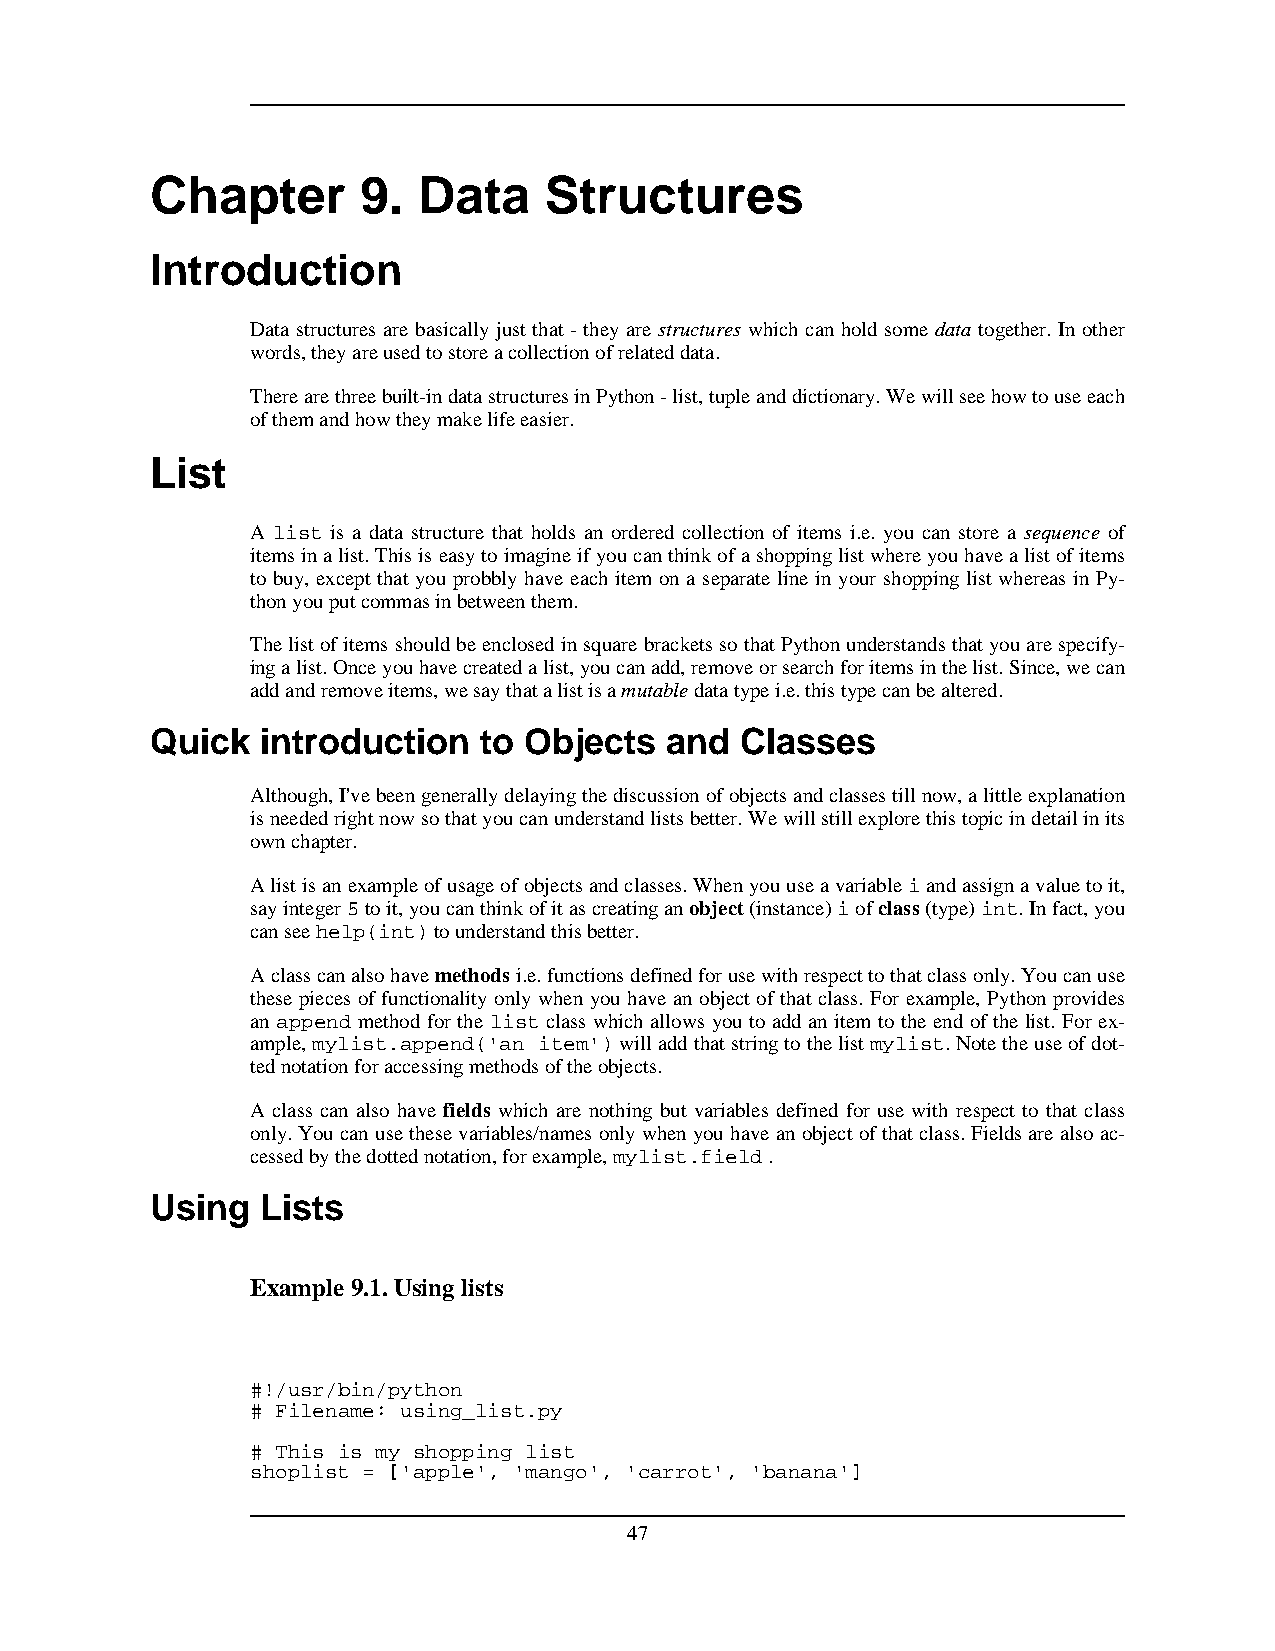
Chapter       9.  Data    Structures
 Introduction
 Data structures are basically just that - they are structures which can hold some data together. In other
 words,theyareusedtostoreacollectionofrelateddata.
 Therearethreebuilt-indatastructuresinPython-list,tupleanddictionary.Wewillseehowtouseeach
 ofthemandhowtheymakelifeeasier.
 List
 A list is a data structure that holds an ordered collection of items i.e. you can store a sequence of
 itemsinalist.Thisiseasytoimagineifyoucanthinkofashoppinglistwhereyouhavealistofitems
 to buy, except that you probbly have each item on a separate line in your shopping list whereas in Py-
 thonyouputcommasinbetweenthem.
 ThelistofitemsshouldbeenclosedinsquarebracketssothatPythonunderstandsthatyouarespecify-
 ingalist.Onceyouhavecreatedalist,youcanadd,removeorsearchforitemsinthelist.Since,wecan
 addandremoveitems,wesaythatalistisamutabledatatypei.e.thistypecanbealtered.
 Quick  introduction   to Objects  and  Classes
 Although,I'vebeengenerallydelayingthediscussionofobjectsandclassestillnow,alittleexplanation
 isneededrightnowsothatyoucanunderstandlistsbetter.Wewillstillexplorethistopicindetailinits
 ownchapter.
 Alistisanexampleofusageofobjectsandclasses.Whenyouuseavariableiandassignavaluetoit,
 sayinteger5toit,youcanthinkofitascreatinganobject(instance)iofclass(type)int.Infact,you
 canseehelp(int)tounderstandthisbetter.
 Aclasscanalsohavemethodsi.e.functionsdefinedforusewithrespecttothatclassonly.Youcanuse
 these pieces of functionality only when you have an object of that class. For example, Python provides
 an append method for the list class which allows you to add an item to the end of the list. For ex-
 ample,mylist.append('an item')willaddthatstringtothelistmylist.Notetheuseofdot-
 tednotationforaccessingmethodsoftheobjects.
 A class can also have fields which are nothing but variables defined for use with respect to that class
 only.Youcanusethesevariables/namesonlywhenyouhaveanobjectofthatclass.Fieldsarealsoac-
 cessedbythedottednotation,forexample,mylist.field.
 Using  Lists
 Example 9.1.Usinglists
 #!/usr/bin/python
 # Filename: using_list.py
 # This is my shopping list
 shoplist = ['apple', 'mango', 'carrot', 'banana']
 47